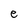
Character: e